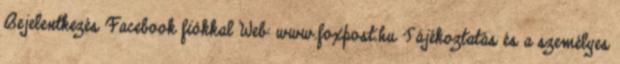
Bejelentkezés Facebook fiókkal Web: www.foxpost.hu Tájékoztatás és a személyes